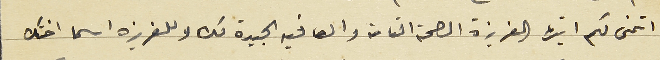
اتمنى لكم ايتها العزيزة الصحة التامة والعافيه الجيدة لك وللعزيزه اسما اختك